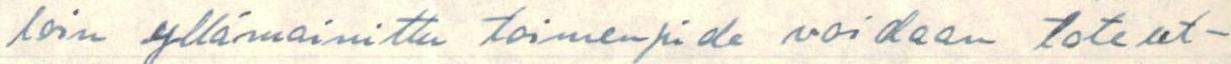
loin yllämainittu toimenpide voidaan toteut-